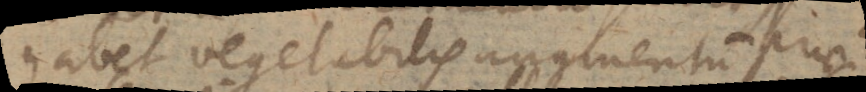
habet vegetabilis augmentum prae